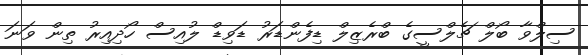
ސިލްވާ ބޯލް ޗެލްސީގެ ބްރެޒިލް ޑިފެންޑަރު ޑަވިޑް ލުއިސް ހޯދިއިރު ތިން ވަނަ